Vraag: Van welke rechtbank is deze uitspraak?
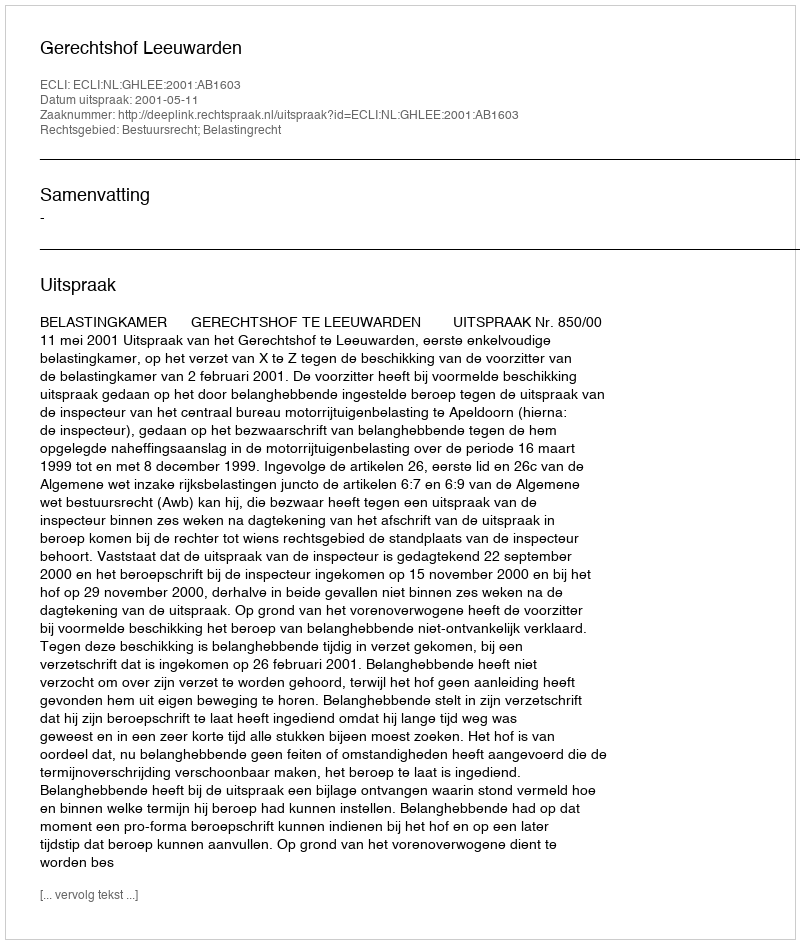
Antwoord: Gerechtshof Leeuwarden